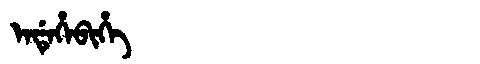
Manchu: ᡝᠨᡩᡝᡥᡝᠪᡳᡥᡝ
Romanization: ENDEHEBIHE